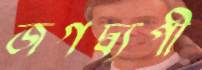
জগদ্ব্যপী